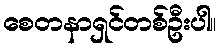
စေတနာရှင်တစ်ဦးပါ။